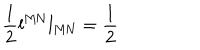
LaTeX: \frac { 1 } { 2 } \mathbf { l } ^ { \mathrm { M N } } \mathbf { l } _ { \mathrm { M N } } = \frac { 1 } { 2 }